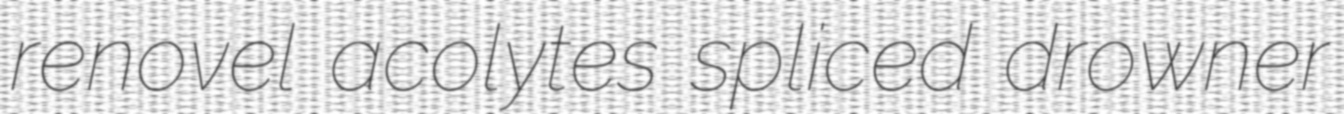
renovel acolytes spliced drowner